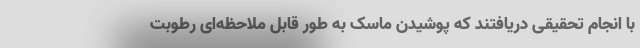
با انجام تحقیقی دریافتند که پوشیدن ماسک به طور قابل ملاحظه‌ای رطوبت